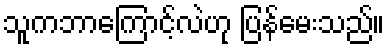
သူကဘာကြောင့်လဲဟု ပြန်မေးသည်။